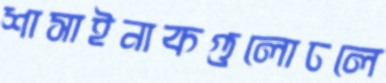
শাসাইনাকগুলোঢলে